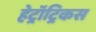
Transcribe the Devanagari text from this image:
हेट्रॉट्रिकस